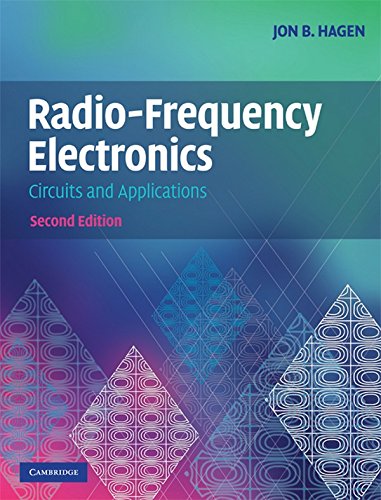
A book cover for Radio-Frequency Electronics: Circuits and Applications; Jon B. Hagen; Crafts, Hobbies & Home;